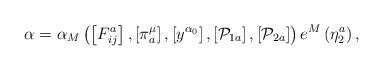
\begin{align*}\alpha =\alpha _{M}\left( \left[ F_{ij}^{a}\right] ,\left[ \pi _{a}^{\mu}\right] ,\left[ y^{\alpha _{0}}\right] ,\left[ \mathcal{P}_{1a}\right],\left[ \mathcal{P}_{2a}\right] \right) e^{M}\left( \eta _{2}^{a}\right) ,\end{align*}